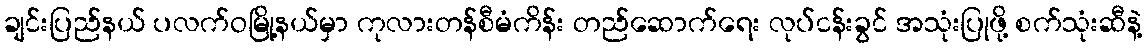
ချင်းပြည်နယ် ပလက်ဝမြို့နယ်မှာ ကုလားတန်စီမံကိန်း တည်ဆောက်ရေး လုပ်ငန်းခွင် အသုံးပြုဖို့ စက်သုံးဆီနဲ့